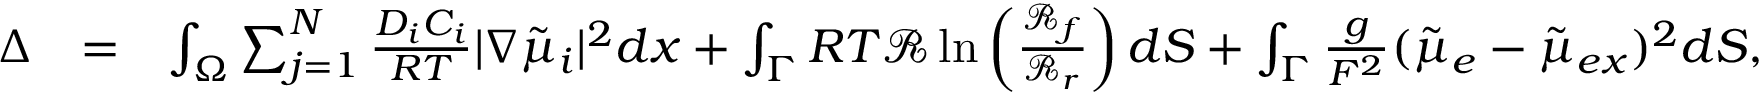
\begin{array} { r l r } { \Delta } & { = } & { \int _ { \Omega } \sum _ { j = 1 } ^ { N } \frac { D _ { i } C _ { i } } { R T } | \nabla \tilde { \mu } _ { i } | ^ { 2 } d x + \int _ { \Gamma } R T \mathcal { R } \ln \left( \frac { \mathcal { R } _ { f } } { \mathcal { R } _ { r } } \right) d S + \int _ { \Gamma } \frac { g } { F ^ { 2 } } ( \tilde { \mu } _ { e } - \tilde { \mu } _ { e x } ) ^ { 2 } d S , } \end{array}